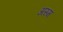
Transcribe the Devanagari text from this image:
अस्म